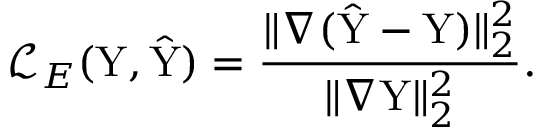
\mathcal { L } _ { \boldsymbol { E } } ( \mathrm { Y } , \hat { \mathrm { Y } } ) = \frac { \| \nabla ( \hat { \mathrm { Y } } - \mathrm { Y } ) \| _ { 2 } ^ { 2 } } { \| \nabla \mathrm { Y } \| _ { 2 } ^ { 2 } } .